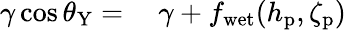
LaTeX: \begin{array}{rl}{\gamma\cos\theta_{\mathrm{Y}}=}&{{}\ \gamma+f_{\mathrm{wet}}(h_{\mathrm{p}},\zeta_{\mathrm{p}})}\end{array}